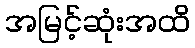
အမြင့်ဆုံးအထိ